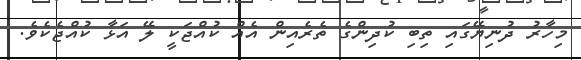
މިހާރު ދުނިޔޭގައި ތިބި ކުދިންގެ ތެރެއިން އެއް ކުއްޖަކީ ލޭ އަޅާ ކުއްޖެކެވެ.